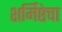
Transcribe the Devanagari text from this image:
शर्मिष्ठेचा